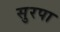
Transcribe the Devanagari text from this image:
सुरपा